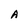
Character: A